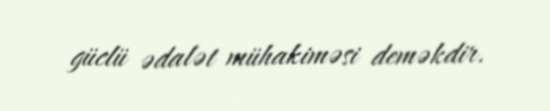
güclü ədalət mühakiməsi deməkdir.